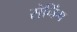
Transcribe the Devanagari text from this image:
सेनिंग